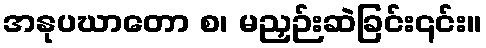
အနုပဃာတော စ၊ မညှဉ်းဆဲခြင်း၎င်း။